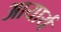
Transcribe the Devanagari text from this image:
आयार्य